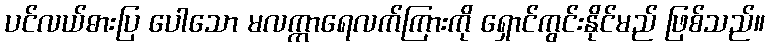
ပင်လယ်ဓားပြ ပေါသော မလက္ကာရေလက်ကြားကို ရှောင်ကွင်းနိုင်မည် ဖြစ်သည်။